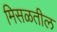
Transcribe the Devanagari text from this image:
मिसळतील